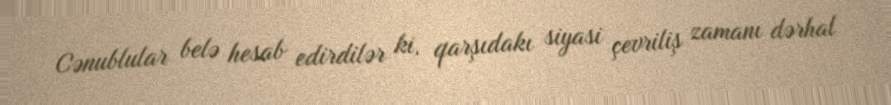
Cənublular belə hesab edirdilər ki, qarşıdakı siyasi çevriliş zamanı dərhal